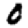
Digit: 0